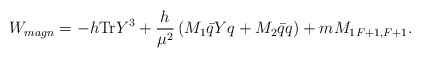
\begin{align*}W_{magn}= -h {\rm Tr} Y^3 + \frac{h}{\mu^2}\left( M_1 \bar{q}Yq +M_2 \bar{q}q\right) +m {M_1}_{F+1,F+1}.\end{align*}